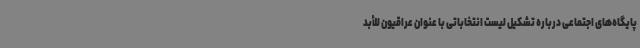
پایگاه‌های اجتماعی درباره تشکیل لیست انتخاباتی با عنوان عراقیون للأبد